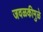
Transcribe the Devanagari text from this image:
जवळकीमुळे